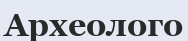
Археолого